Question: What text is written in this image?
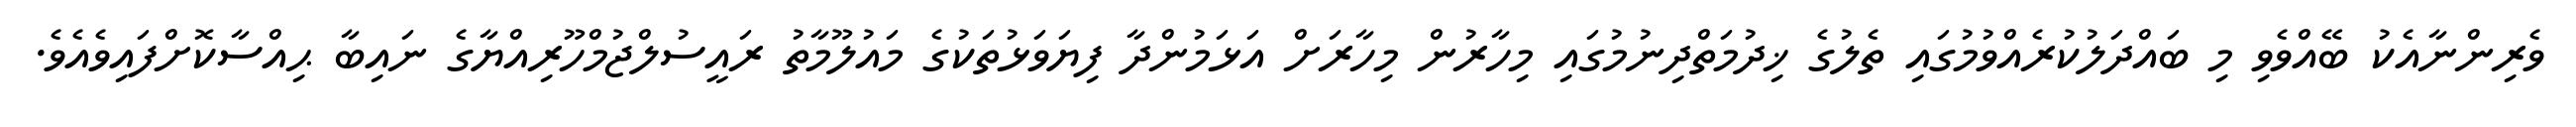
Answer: ވެރިންނާއެކު ބޭއްވެވި މި ބައްދަލުކުރެއްވުމުގައި ތެލުގެ ޚިދުމަތްދިނުމުގައި މިހާރުން މިހާރަށް އަޅަމުންދާ ފިޔަވަޅުތަކުގެ މައުލޫމާތު ރައީސުލްޖުމްހޫރިއްޔާގެ ނައިބާ ޙިއްސާކޮށްފައިވެއެވެ.